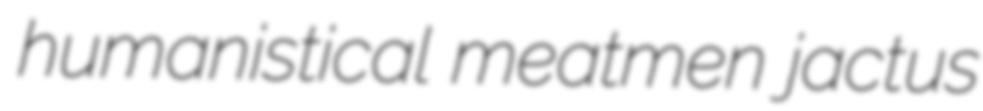
humanistical meatmen jactus